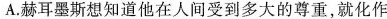
A.赫耳墨斯想知道他在人间受到多大的尊重，就化作